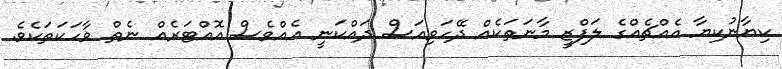
ކިޔާނުކިޔާ އެއްޗެއްގެ ލަފްޒީ މާނަތަކެއް ދޭހަވިއަސް ދައްކަނީ އެއްވެސް އޮއްޓަރެއް ނެތް ވާހަކަތަކެވެ.